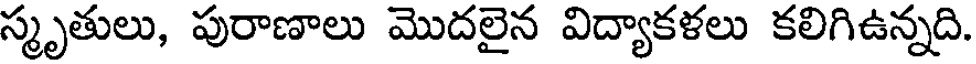
స్మృతులు, పురాణాలు మొదలైన విద్యాకళలు కలిగిఉన్నది.